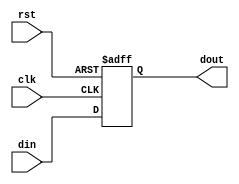
`timescale 1ns / 1ps
//////////////////////////////////////////////////////////////////////////////////
// Company: 
// Engineer: 
// 
// Design Name: 
// Module Name: flopr
// Project Name: 
// Target Devices: 
// Tool Versions: 
// Description: 
// 
// Dependencies: 
// 
// Revision:
// Revision 0.01 - File Created
// Additional Comments:
// 
//////////////////////////////////////////////////////////////////////////////////


module flopr #(parameter WIDTH = 8)(
    input              clk,
    input              rst,
    input  [WIDTH-1:0] din,
    output [WIDTH-1:0] dout
);
    reg [WIDTH-1:0] dout_reg;
    
    always @(posedge clk or posedge rst) begin
        if(rst)
            dout_reg <= 0;
        else
            dout_reg <= din;
    end
    
    assign dout = dout_reg;
    
endmodule